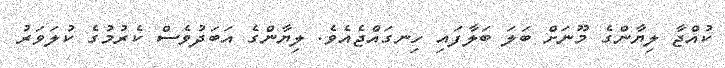
ކުއްޖާ ލިޔާންގެ މޫނަށް ބަލަ ބަލާފައި ހިނގައްޖެއެވެ. ލިޔާންގެ އަބަދުވެސް ކެރުމުގެ ކުލަވަރު